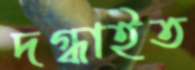
দগ্ধাইত